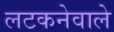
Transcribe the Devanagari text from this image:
लटकनेवाले